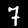
Label: 7